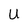
Character: U